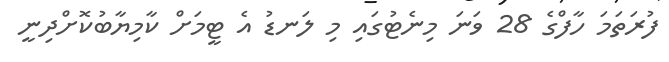
ފުރަތަމަ ހާފްގެ 28 ވަނަ މިނެޓުގައި މި ލަނޑު އެ ޓީމަށް ކާމިޔާބުކޮށްދިނީ